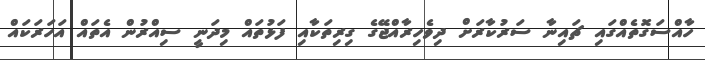
ހާއްސަގޮތެއްގައި ޗައިނާ ސަރުކާރަށް ދިވެހިރާއްޖޭގެ ގިރިތަކާއި ފަޅުތައް މިދަނީ ސިއްރުން އެތައް އަހަރަކައް